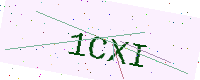
Text: 1CXI